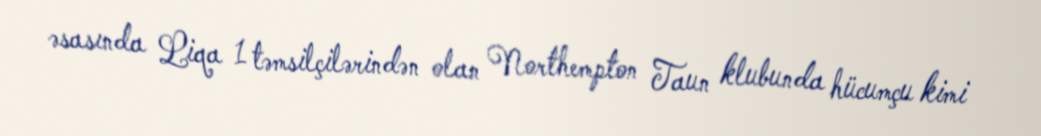
əsasında Liqa 1 təmsilçilərindən olan Northempton Taun klubunda hücumçu kimi